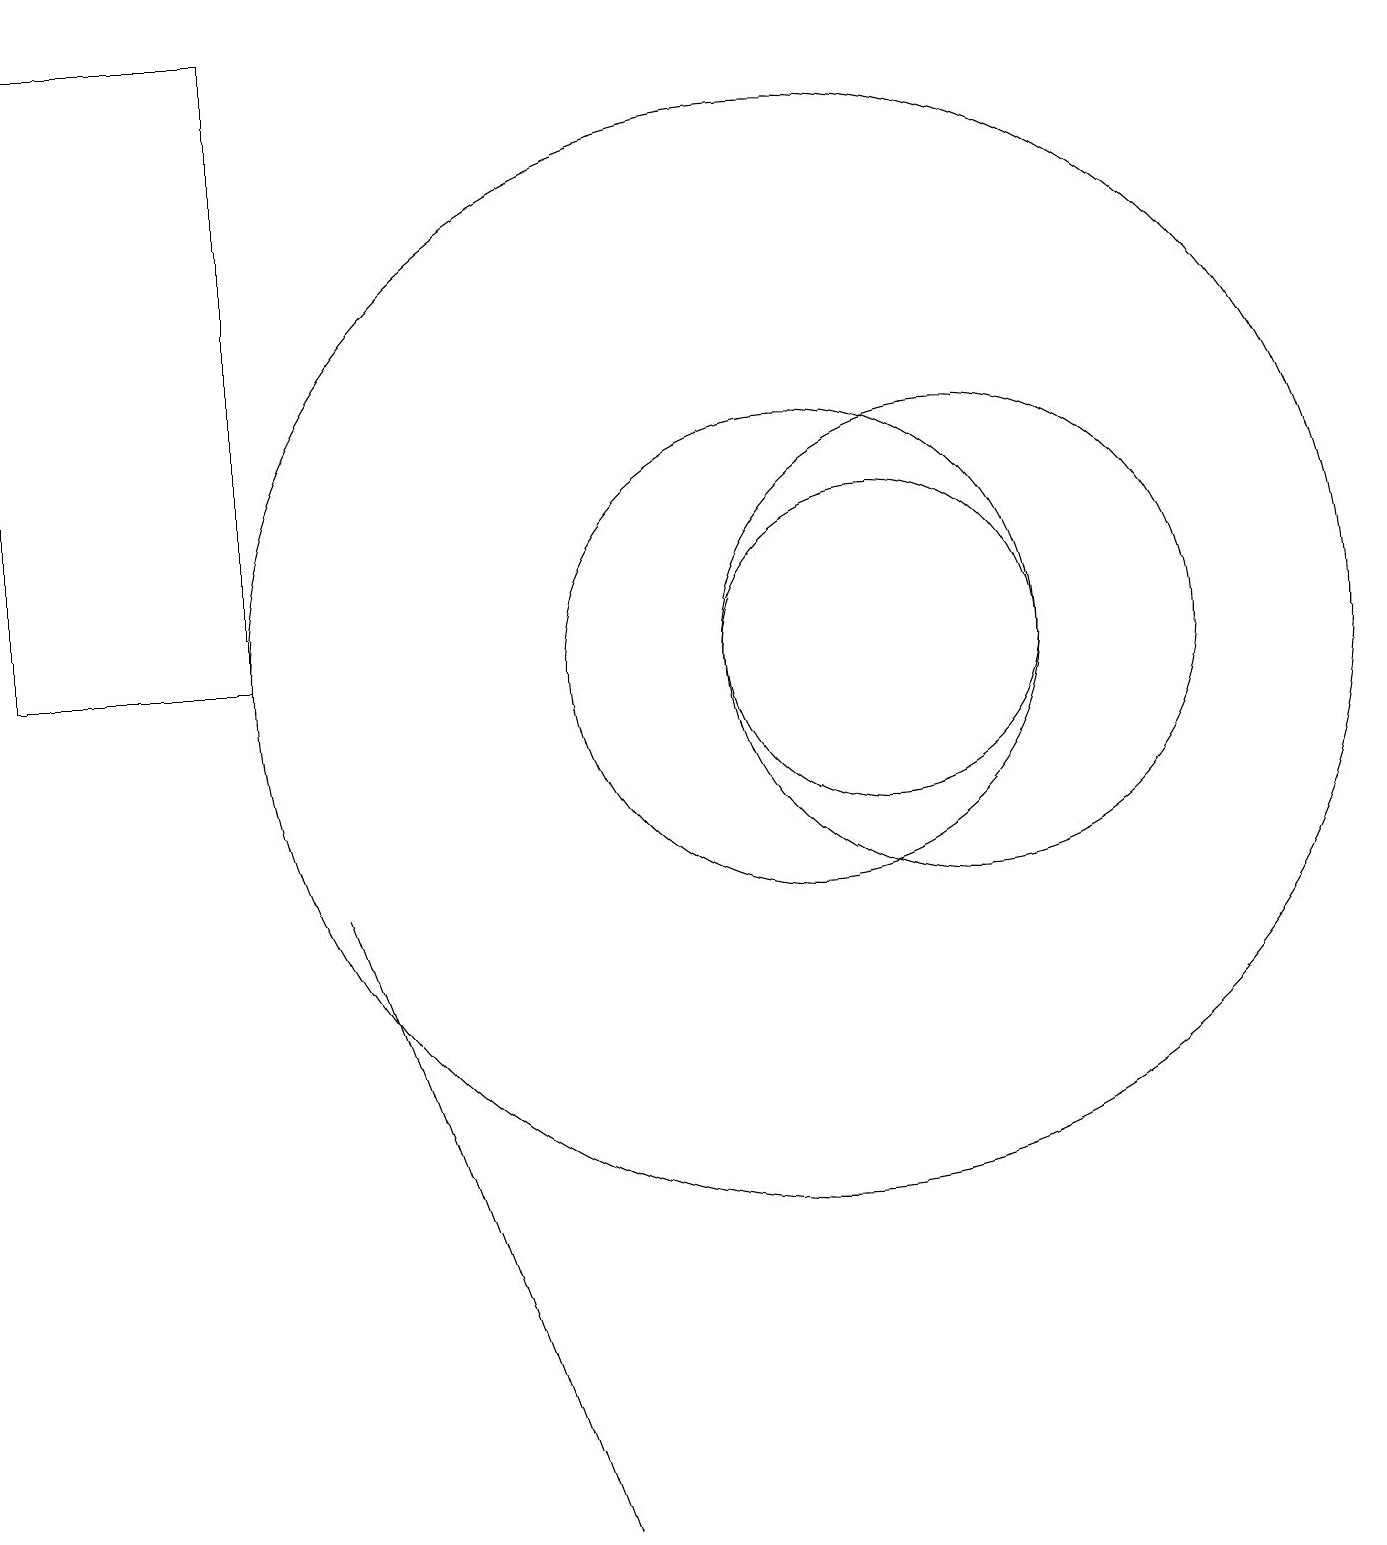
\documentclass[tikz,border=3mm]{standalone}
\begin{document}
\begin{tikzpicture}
\draw (3,11) rectangle (0,19);
\draw (10,11) circle (3);
\draw (12,11) circle (3);
\draw (10,11) circle (7);
\draw (4,8) -- (7,0) -- (4,8) -- cycle;
\draw (11,11) circle (2);
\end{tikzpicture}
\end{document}